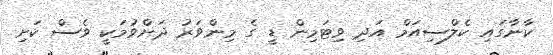
ކާނާގައި ކެލްސިއަމް އަދި ވިޓަމިން ޑީ ގެ މިންވަރު ދަށްވުމަކީ ވެސް ކަށި